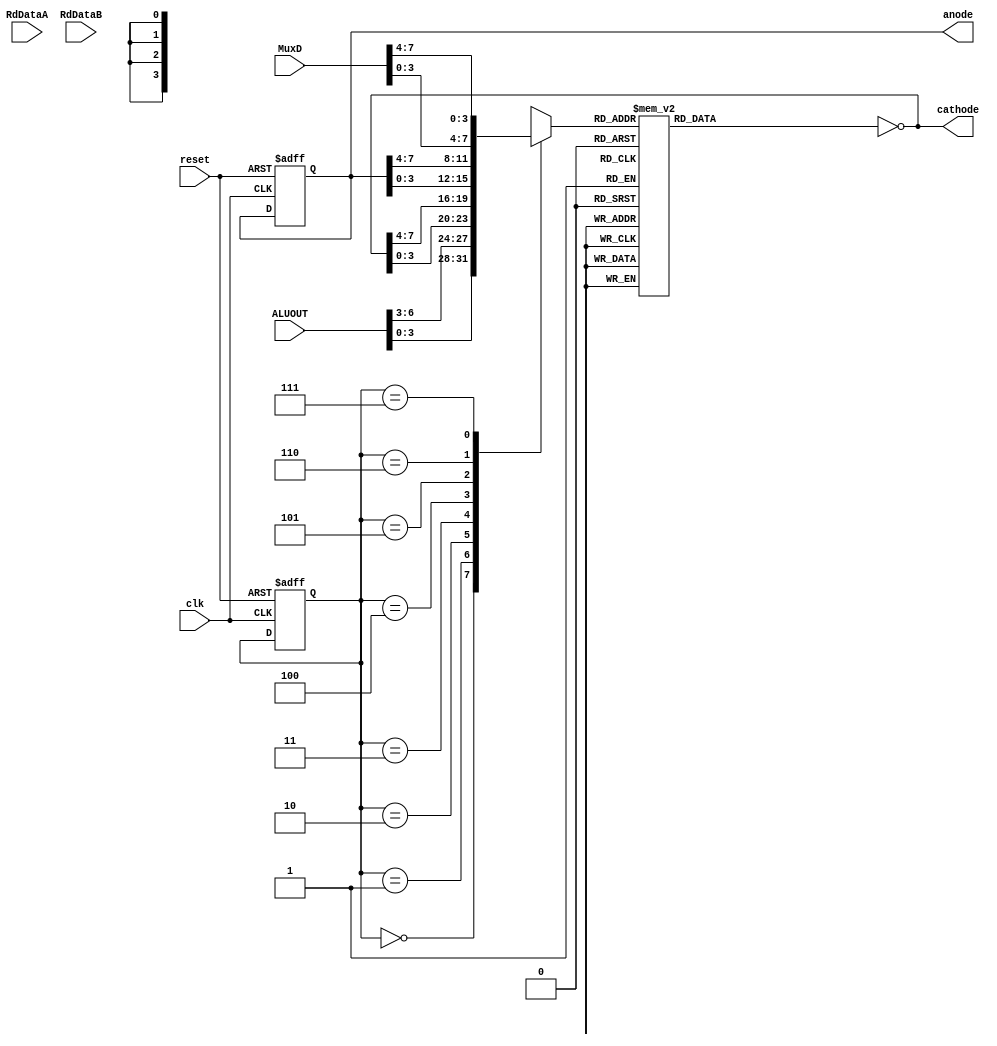
`timescale 1ns / 1ps
//////////////////////////////////////////////////////////////////////////////////
// Company: 
// Engineer: 
// 
// Design Name: 
// Module Name: screen
// Project Name: 
// Target Devices: 
// Tool Versions: 
// Description: 
// 
// Dependencies: 
// 
// Revision:
// Revision 0.01 - File Created
// Additional Comments:
// 
//////////////////////////////////////////////////////////////////////////////////


module screen(clk, reset, anode, RdDataA, RdDataB, MuxD, ALUOUT, cathode );
    input clk, reset;
    input [7:0] MuxD, ALUOUT, RdDataA, RdDataB;
    output reg [7:0] anode;
    output reg [7:0] cathode;
    reg [7:0] count;
    reg [3:0] nibble;
    reg [2:0] hexLoc, nhexLoc;
    reg CATHODE;
    reg [31:0] ssg;
    
    assign tick = count == 17'd99_999;
    always@*
        begin   
            ssg = {MuxD,anode,cathode,ALUOUT};
            case(hexLoc)
                3'b000: nibble = ssg[3:0];
                3'b001: nibble = ssg[7:3];
                3'b010: nibble = ssg[11:8];
                3'b011: nibble = ssg[15:12];
                3'b100: nibble = ssg[19:16];
                3'b101: nibble = ssg[23:20];
                3'b110: nibble = ssg[27:24];
                3'b111: nibble = ssg[31:28];
            endcase
            
            case (nibble)
            4'b0000:CATHODE=8'h3F;//0
            4'b0001:CATHODE=8'h06;
            4'b0010:CATHODE=8'h5B;
            4'b0011:CATHODE=8'h4F;
            4'b0100:CATHODE=8'h66;
            4'b0101:CATHODE=8'h6D;
            4'b0110:CATHODE=8'h7D;
            4'b0111:CATHODE=8'h07;
            4'b1000:CATHODE=8'h7F;
            4'b1001:CATHODE=8'h6F;
            4'b1010:CATHODE=8'h77;
            4'b1011:CATHODE=8'h7C;
            4'b1100:CATHODE=8'h39;
            4'b1101:CATHODE=8'h5E;
            4'b1110:CATHODE=8'h79;
            4'b1111:CATHODE=8'h71;  
        endcase             
    cathode=~CATHODE;
    
        if(hexLoc == 3'b111)
            nhexLoc =1'b0; else
            nhexLoc = hexLoc +3'b1;
       end
    always@(posedge clk, posedge reset)
        if(reset)
            begin
            count <= 17'b0;
            anode <= 8'hfe;
            hexLoc <=3'b0;
            end
        else if (tick)
            begin 
            count <= 17'b0;
            anode <={anode[0],anode[7:1]};
            hexLoc <= nhexLoc;
            end
        else count <= count +17'b1;   
endmodule